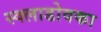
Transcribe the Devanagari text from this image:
स्क्लाडोवका